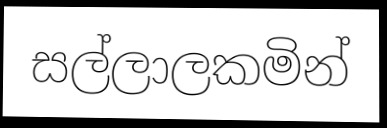
සල්ලාලකමින්